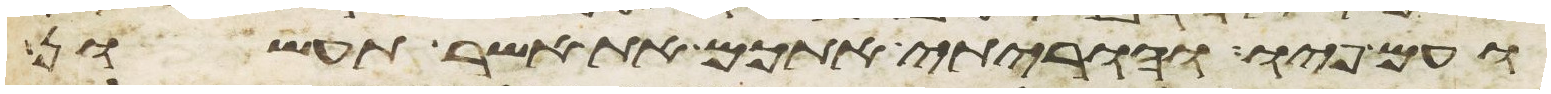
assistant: ועם פיו והוריתי אתכם את אשר תעשון